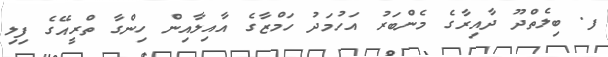
ފ. ބިލެތްދޫ ދާއިރާގެ މެންބަރު އަހުމަދު ހަމްޒާގެ އާއިލާއިން ހިންގާ ތްރީއޭގެ ފިލި